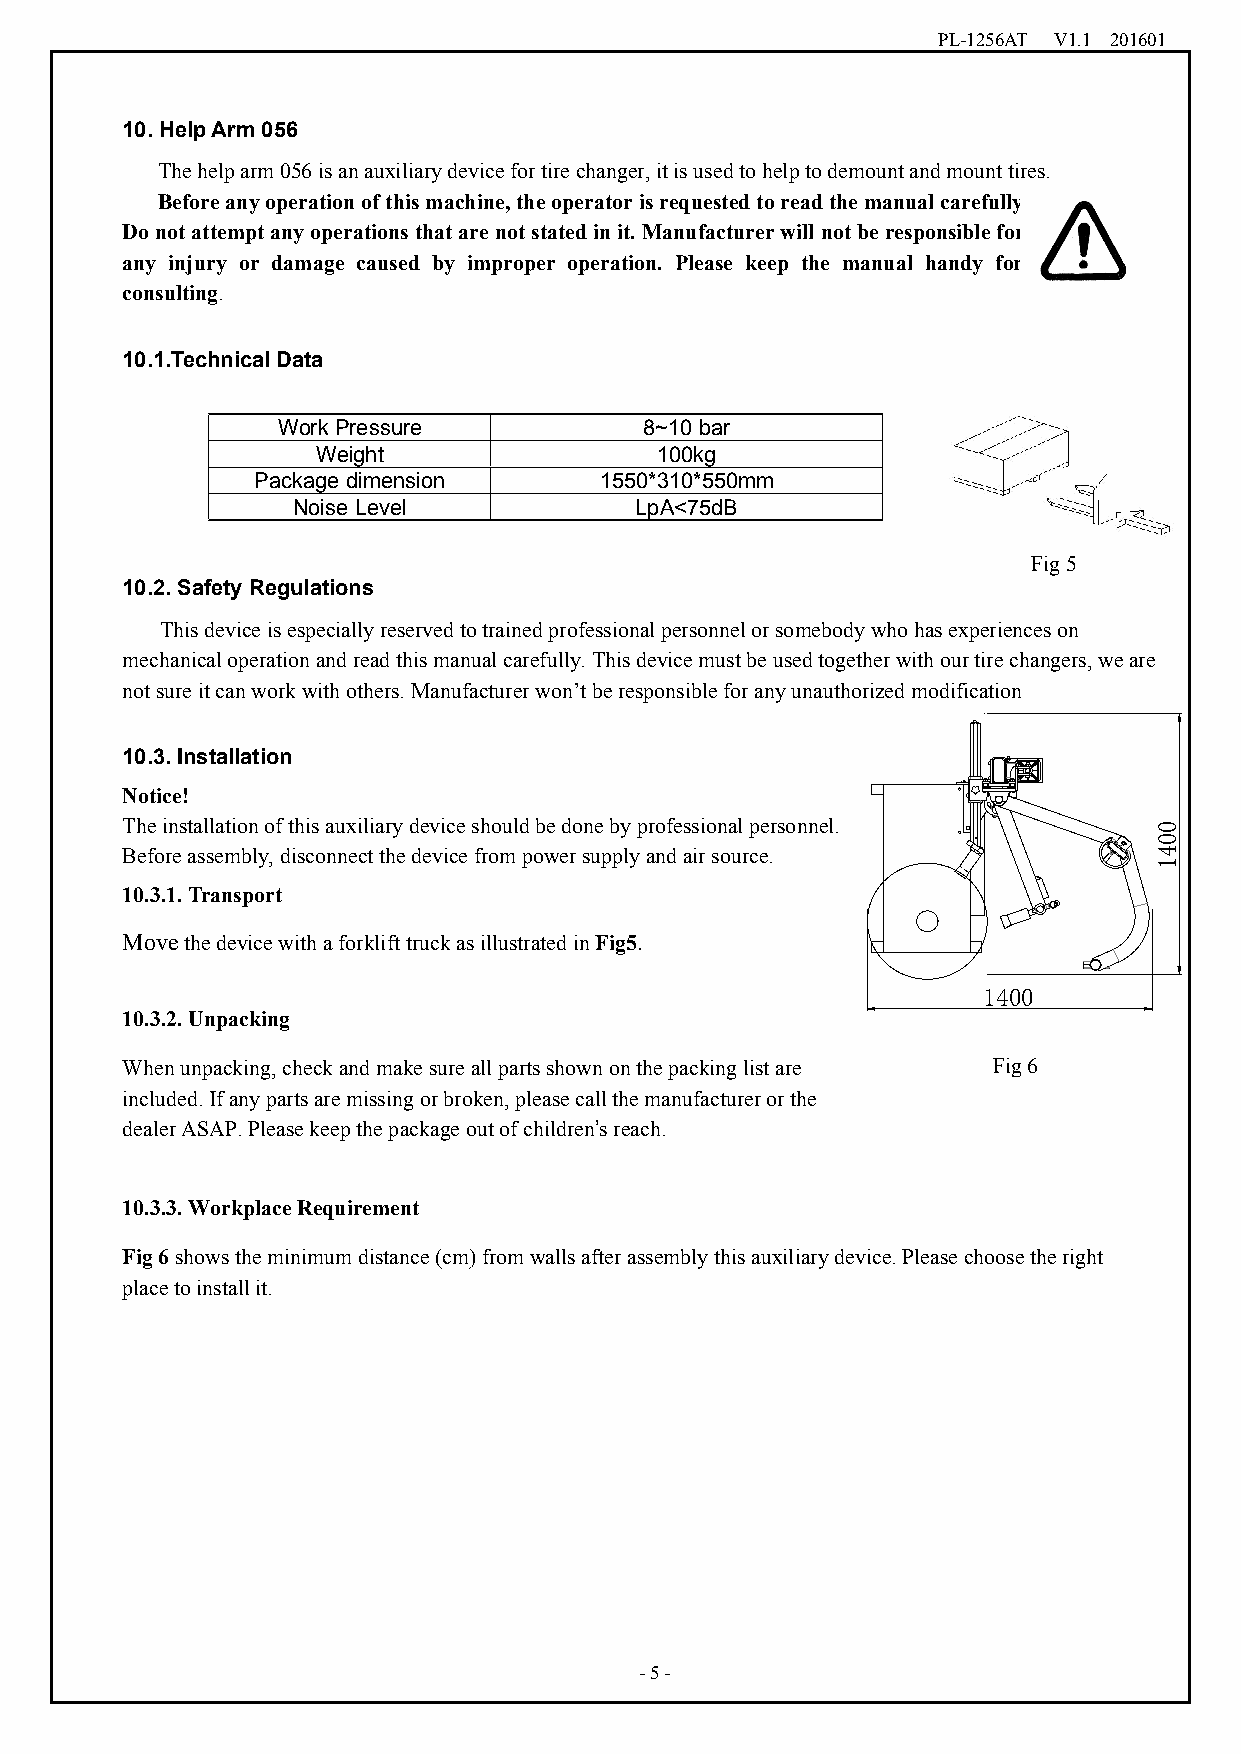
PL-1256AT V1.1 201601
 10.HelpArm 056
 Thehelparm056isanauxiliarydevicefortirechanger,itisusedtohelptodemountandmounttires.
 Beforeanyoperationofthismachine,theoperatorisrequestedtoreadthemanualcarefully.
 Donotattemptanyoperations thatarenot statedinit.Manufacturerwillnotberesponsiblefor
 any injury or damage caused by improper operation. Please keep the manual handy for
 consulting.
 10.1.TechnicalData
 WorkPressure             8~10bar
 Weight                100kg
 Package dimension      1550*310*550mm
 NoiseLevel             LpA<75dB
 Fig5
 10.2. Safety Regulations
 Thisdeviceisespeciallyreservedtotrainedprofessionalpersonnelorsomebodywhohasexperienceson
 mechanicaloperationandreadthismanualcarefully.Thisdevicemustbeusedtogetherwithourtirechangers,weare
 notsureitcanworkwithothers.Manufacturerwon’tberesponsibleforanyunauthorizedmodification
 10.3. Installation
 Notice!
 Theinstallationofthisauxiliarydeviceshouldbedonebyprofessionalpersonnel.
 Beforeassembly,disconnectthedevicefrompowersupplyandairsource.
 10.3.1.Transport
 MovethedevicewithaforklifttruckasillustratedinFig5.
 1400
 10.3.2.Unpacking
 Whenunpacking,checkandmakesureallpartsshownonthepackinglistare Fig6
 included.Ifanypartsaremissingorbroken,pleasecallthemanufacturerorthe
 dealerASAP.Pleasekeepthepackageoutofchildren’sreach.
 10.3.3.WorkplaceRequirement
 Fig6showstheminimumdistance(cm)fromwallsafterassemblythisauxiliarydevice.Pleasechoosetheright
 placetoinstallit.
 -5-
 0041